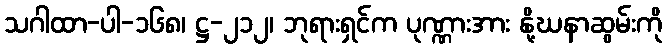
သဂါထာ-ပါ-၁၆၈၊ ဋ္ဌ-၂၁၂၊ ဘုရားရှင်က ပုဏ္ဏားအား နို့ဃနာဆွမ်းကို